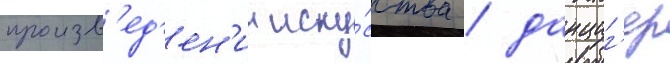
произв'ед'ен'ии иску́сства / данциг'ер